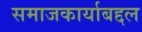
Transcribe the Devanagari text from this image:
समाजकार्याबद्दल